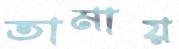
তামায়